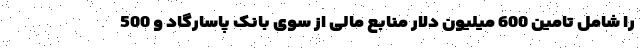
را شامل تامین 600 میلیون دلار منابع مالی از سوی بانک پاسارگاد و 500